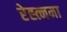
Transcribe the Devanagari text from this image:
रेह्त्नमा